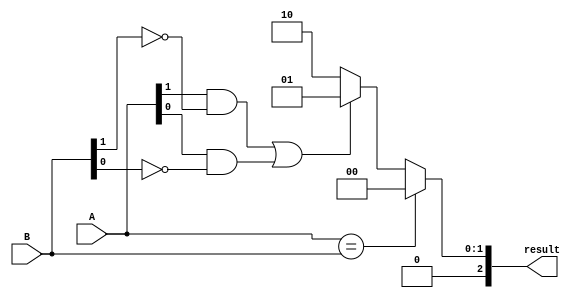
module comparator (
    input [1:0] A,
    input [1:0] B,
    output reg [2:0] result
);

    always @(*) begin
        if (A == B) begin
            result = 3'b00; // equal
        end else if ((A[1] == 1 && B[1] == 0) || (A[0] == 1 && B[0] == 0)) begin
            result = 3'b01; // greater than
        end else begin
            result = 3'b10; // less than
        end
    end

endmodule